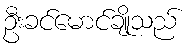
ဦးခင်မောင်ချိုသည်